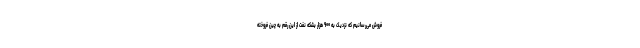
فروش می‌رسانیم که نزدیک به ۹۰۰ هزار بشکه نفت از این رقم به چین فروخته